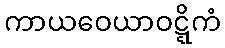
ကာယဝေယာဝဋ္ဋိကံ